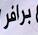
برافر